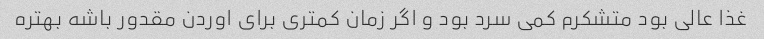
غذا عالی بود متشکرم کمی سرد بود و اگر زمان کمتری برای اوردن مقدور باشه بهتره